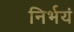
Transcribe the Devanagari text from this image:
निर्भयं